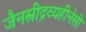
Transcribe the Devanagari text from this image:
जैनस्त्रीद्रव्यहीनेसी